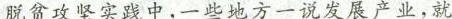
脱贫攻坚实践中，一些地方一说发展产业，就